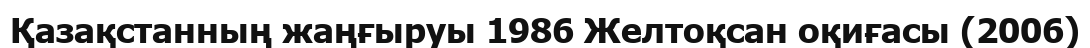
Қазақстанның жаңғыруы 1986 Желтоқсан оқиғасы (2006)